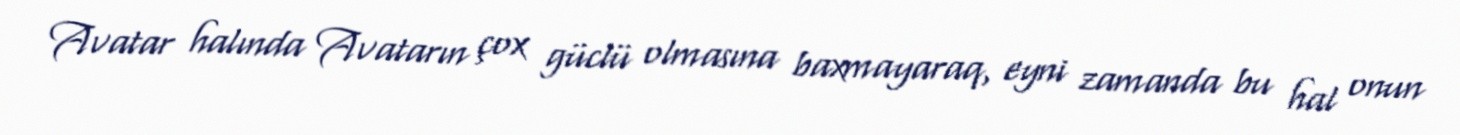
Avatar halında Avatarın çox güclü olmasına baxmayaraq, eyni zamanda bu hal onun